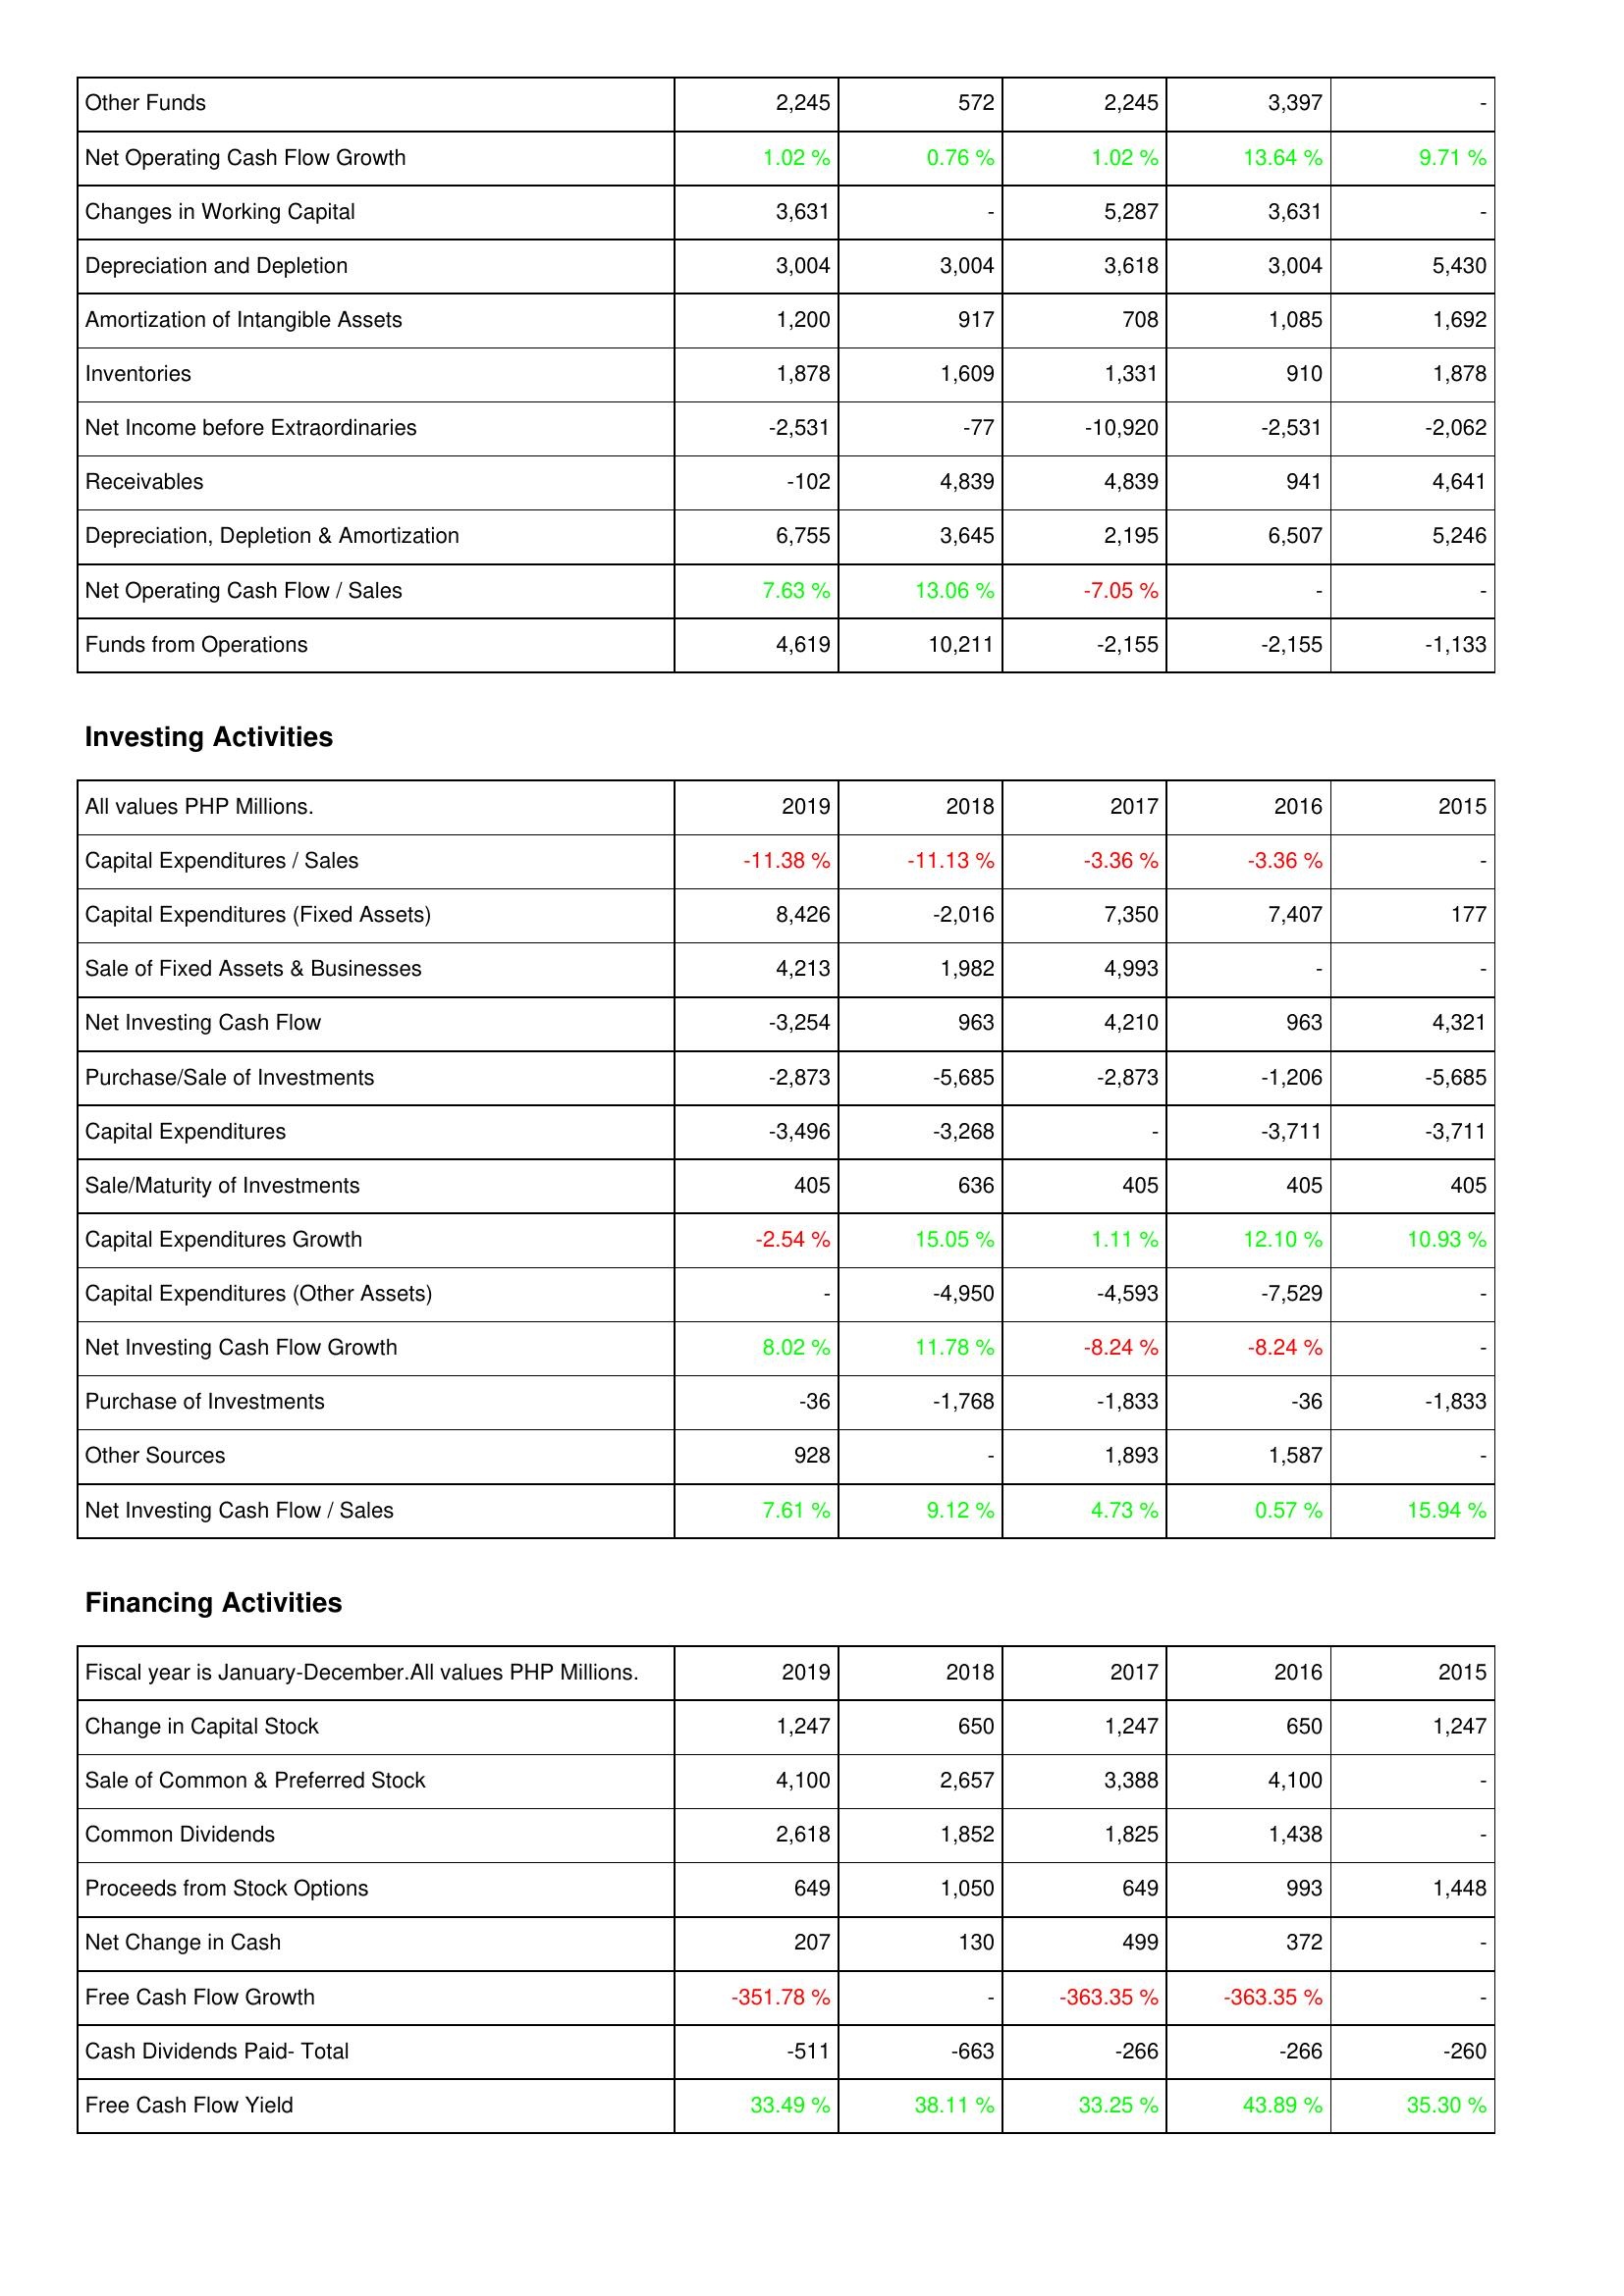
2019: Operating Activities: Other Funds: 2,245
Net Operating Cash Flow Growth: 1.02 %
Changes in Working Capital: 3,631
Depreciation and Depletion: 3,004
Amortization of Intangible Assets: 1,200
Inventories: 1,878
Net Income before Extraordinaries: -2,531
Receivables: -102
Depreciation, Depletion & Amortization: 6,755
Net Operating Cash Flow / Sales: 7.63 %
Funds from Operations: 4,619
Investing Activities: Capital Expenditures / Sales: -11.38 %
Capital Expenditures (Fixed Assets): 8,426
Sale of Fixed Assets & Businesses: 4,213
Net Investing Cash Flow: -3,254
Purchase/Sale of Investments: -2,873
Capital Expenditures: -3,496
Sale/Maturity of Investments: 405
Capital Expenditures Growth: -2.54 %
Capital Expenditures (Other Assets): -
Net Investing Cash Flow Growth: 8.02 %
Purchase of Investments: -36
Other Sources: 928
Net Investing Cash Flow / Sales: 7.61 %
Financing Activities: Change in Capital Stock: 1,247
Sale of Common & Preferred Stock: 4,100
Common Dividends: 2,618
Proceeds from Stock Options: 649
Net Change in Cash: 207
Free Cash Flow Growth: -351.78 %
Cash Dividends Paid- Total: -511
Free Cash Flow Yield: 33.49 %
2018: Operating Activities: Other Funds: 572
Net Operating Cash Flow Growth: 0.76 %
Changes in Working Capital: -
Depreciation and Depletion: 3,004
Amortization of Intangible Assets: 917
Inventories: 1,609
Net Income before Extraordinaries: -77
Receivables: 4,839
Depreciation, Depletion & Amortization: 3,645
Net Operating Cash Flow / Sales: 13.06 %
Funds from Operations: 10,211
Investing Activities: Capital Expenditures / Sales: -11.13 %
Capital Expenditures (Fixed Assets): -2,016
Sale of Fixed Assets & Businesses: 1,982
Net Investing Cash Flow: 963
Purchase/Sale of Investments: -5,685
Capital Expenditures: -3,268
Sale/Maturity of Investments: 636
Capital Expenditures Growth: 15.05 %
Capital Expenditures (Other Assets): -4,950
Net Investing Cash Flow Growth: 11.78 %
Purchase of Investments: -1,768
Other Sources: -
Net Investing Cash Flow / Sales: 9.12 %
Financing Activities: Change in Capital Stock: 650
Sale of Common & Preferred Stock: 2,657
Common Dividends: 1,852
Proceeds from Stock Options: 1,050
Net Change in Cash: 130
Free Cash Flow Growth: -
Cash Dividends Paid- Total: -663
Free Cash Flow Yield: 38.11 %
2017: Operating Activities: Other Funds: 2,245
Net Operating Cash Flow Growth: 1.02 %
Changes in Working Capital: 5,287
Depreciation and Depletion: 3,618
Amortization of Intangible Assets: 708
Inventories: 1,331
Net Income before Extraordinaries: -10,920
Receivables: 4,839
Depreciation, Depletion & Amortization: 2,195
Net Operating Cash Flow / Sales: -7.05 %
Funds from Operations: -2,155
Investing Activities: Capital Expenditures / Sales: -3.36 %
Capital Expenditures (Fixed Assets): 7,350
Sale of Fixed Assets & Businesses: 4,993
Net Investing Cash Flow: 4,210
Purchase/Sale of Investments: -2,873
Capital Expenditures: -
Sale/Maturity of Investments: 405
Capital Expenditures Growth: 1.11 %
Capital Expenditures (Other Assets): -4,593
Net Investing Cash Flow Growth: -8.24 %
Purchase of Investments: -1,833
Other Sources: 1,893
Net Investing Cash Flow / Sales: 4.73 %
Financing Activities: Change in Capital Stock: 1,247
Sale of Common & Preferred Stock: 3,388
Common Dividends: 1,825
Proceeds from Stock Options: 649
Net Change in Cash: 499
Free Cash Flow Growth: -363.35 %
Cash Dividends Paid- Total: -266
Free Cash Flow Yield: 33.25 %
2016: Operating Activities: Other Funds: 3,397
Net Operating Cash Flow Growth: 13.64 %
Changes in Working Capital: 3,631
Depreciation and Depletion: 3,004
Amortization of Intangible Assets: 1,085
Inventories: 910
Net Income before Extraordinaries: -2,531
Receivables: 941
Depreciation, Depletion & Amortization: 6,507
Net Operating Cash Flow / Sales: -
Funds from Operations: -2,155
Investing Activities: Capital Expenditures / Sales: -3.36 %
Capital Expenditures (Fixed Assets): 7,407
Sale of Fixed Assets & Businesses: -
Net Investing Cash Flow: 963
Purchase/Sale of Investments: -1,206
Capital Expenditures: -3,711
Sale/Maturity of Investments: 405
Capital Expenditures Growth: 12.10 %
Capital Expenditures (Other Assets): -7,529
Net Investing Cash Flow Growth: -8.24 %
Purchase of Investments: -36
Other Sources: 1,587
Net Investing Cash Flow / Sales: 0.57 %
Financing Activities: Change in Capital Stock: 650
Sale of Common & Preferred Stock: 4,100
Common Dividends: 1,438
Proceeds from Stock Options: 993
Net Change in Cash: 372
Free Cash Flow Growth: -363.35 %
Cash Dividends Paid- Total: -266
Free Cash Flow Yield: 43.89 %
2015: Operating Activities: Other Funds: -
Net Operating Cash Flow Growth: 9.71 %
Changes in Working Capital: -
Depreciation and Depletion: 5,430
Amortization of Intangible Assets: 1,692
Inventories: 1,878
Net Income before Extraordinaries: -2,062
Receivables: 4,641
Depreciation, Depletion & Amortization: 5,246
Net Operating Cash Flow / Sales: -
Funds from Operations: -1,133
Investing Activities: Capital Expenditures / Sales: -
Capital Expenditures (Fixed Assets): 177
Sale of Fixed Assets & Businesses: -
Net Investing Cash Flow: 4,321
Purchase/Sale of Investments: -5,685
Capital Expenditures: -3,711
Sale/Maturity of Investments: 405
Capital Expenditures Growth: 10.93 %
Capital Expenditures (Other Assets): -
Net Investing Cash Flow Growth: -
Purchase of Investments: -1,833
Other Sources: -
Net Investing Cash Flow / Sales: 15.94 %
Financing Activities: Change in Capital Stock: 1,247
Sale of Common & Preferred Stock: -
Common Dividends: -
Proceeds from Stock Options: 1,448
Net Change in Cash: -
Free Cash Flow Growth: -
Cash Dividends Paid- Total: -260
Free Cash Flow Yield: 35.30 %